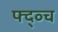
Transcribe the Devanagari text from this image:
फ्द्व्च